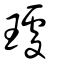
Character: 璩